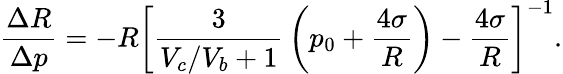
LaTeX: \frac{\Delta R}{\Delta p}=-R\left[\frac{3}{V_{c}/V_{b}+1}\, \left(p_{0}+\frac{4\sigma}{R}\right)-\frac{4\sigma}{R}\right]^{-1}.